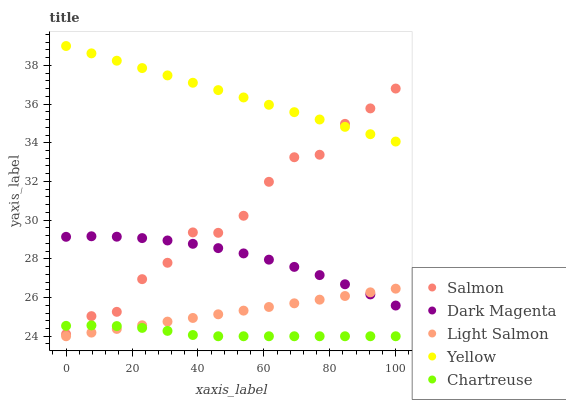
| xaxis_label | Salmon | Dark Magenta | Light Salmon | Yellow | Chartreuse |
 | --- | --- | --- | --- | --- | --- |
 | 0 | 24.1 | 29.1 | 24 | 39 | 24.5 |
 | 7.69 | 25 | 29.2 | 24.2 | 38.6 | 24.6 |
 | 15.4 | 25.3 | 29.1 | 24.4 | 38.2 | 24.5 |
 | 23.1 | 27 | 29.1 | 24.6 | 37.9 | 24.4 |
 | 30.8 | 27.8 | 29 | 24.8 | 37.5 | 24.3 |
 | 38.5 | 29.4 | 28.8 | 24.9 | 37.1 | 24.1 |
 | 46.2 | 29.3 | 28.6 | 25.1 | 36.7 | 24 |
 | 53.8 | 30.2 | 28.3 | 25.3 | 36.3 | 24 |
 | 61.5 | 32 | 28 | 25.5 | 36 | 24 |
 | 69.2 | 33.3 | 27.6 | 25.7 | 35.6 | 24 |
 | 76.9 | 33.4 | 27.2 | 25.9 | 35.2 | 24 |
 | 84.6 | 35 | 26.7 | 26.1 | 34.8 | 24 |
 | 92.3 | 35.8 | 26.2 | 26.3 | 34.4 | 24 |
 | 100 | 36.8 | 25.6 | 26.5 | 34.1 | 24 |